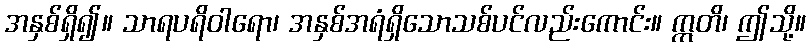
အနှစ်ရှိ၍။ သာရပရိဝါရော၊ အနှစ်အရံရှိသောသစ်ပင်လည်းကောင်း။ ဣတိ၊ ဤသို့။